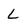
Character: L